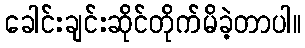
ခေါင်းချင်းဆိုင်တိုက်မိခဲ့တာပါ။